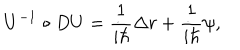
U ^ { - 1 } \circ D U = \frac 1 { i \hbar } \Delta r + \frac 1 { i \hbar } \psi ,